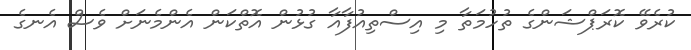
ކުރެވޭ ކޮރަޕްޝަންގެ ތުހުމަތާ މި އިސްތިއުފާއާ ގުޅުން އޮތްކަން އެންމެނަށް ވެސް އެނގެ